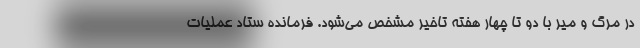
در مرگ و میر با دو تا چهار هفته تاخیر مشخص می‌شود. فرمانده ستاد عملیات